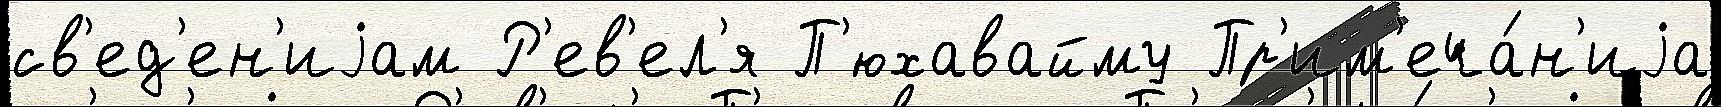
св'ед'ен'иjам Р'ев'ел'я П'юхавайму Пр'им'еча́н'иjа